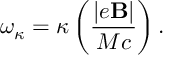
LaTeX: \omega _ { \kappa } = \kappa \left( { \frac { | e { \bf B } | } { M c } } \right) .